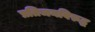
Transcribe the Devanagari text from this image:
प्रतिजनविरुद्ध